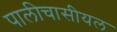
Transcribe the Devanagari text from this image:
पालीचासीयल